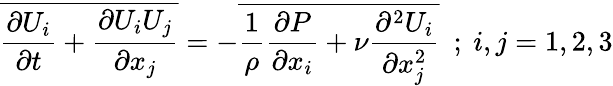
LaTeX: \overline{{{\frac{\partial U_{i}}{\partial t}}+{\frac{\partial U_{i}U_{j}}{\partial x_{j}}}}}=-\overline{{{\frac{1}{\rho}}{\frac{\partial P}{\partial x_{i}}}+\nu{\frac{\partial^{2}U_{i}}{\partial x_{j}^{2}}}}}~~;~i,j=1,2,3